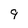
Character: 9